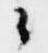
々